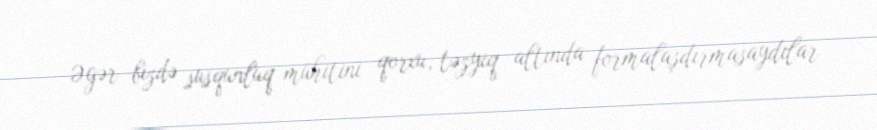
Əgər bizdə susqunluq mühitini qorxu, təzyiq altında formalaşdırmasaydılar